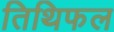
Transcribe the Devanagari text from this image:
तिथिफल